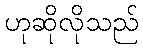
ဟုဆိုလိုသည်